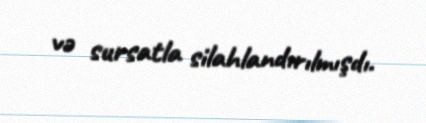
və sursatla silahlandırılmışdı.